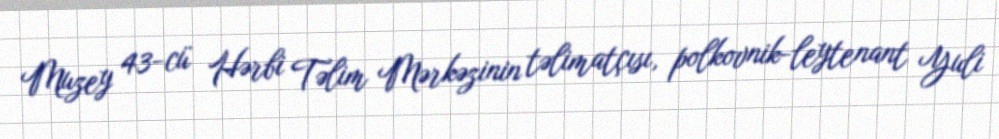
Muzey 43-cü Hərbi Təlim Mərkəzinin təlimatçısı, polkovnik-leytenant Yuli